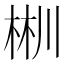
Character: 𣒜